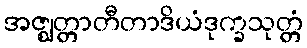
အဇ္ဈတ္တာတီတာဒိယံဒုက္ခသုတ္တံ